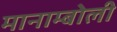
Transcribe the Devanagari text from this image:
मानाम्बोली